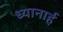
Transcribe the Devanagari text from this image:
ध्यानार्ह